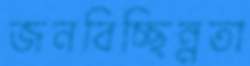
জনবিচ্ছিন্নতা